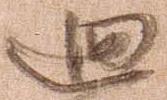
廻